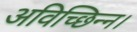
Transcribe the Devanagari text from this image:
अविच्छिन्न।